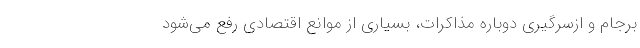
برجام و از‌سرگیری دوباره مذاکرات، بسیاری از موانع اقتصادی رفع می‌شود